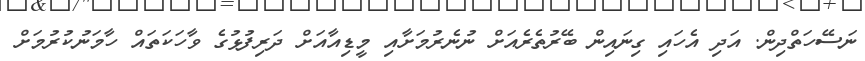
ނަސޭހަތްދިން. އަދި އެހައި ގިނައިން ބޭރުތެރެއަށް ނުނެރުމަށާއި މީޑިއާއަށް ދަރިފުޅުގެ ވާހަކަތައް ހާމަނުކުރުމަށް